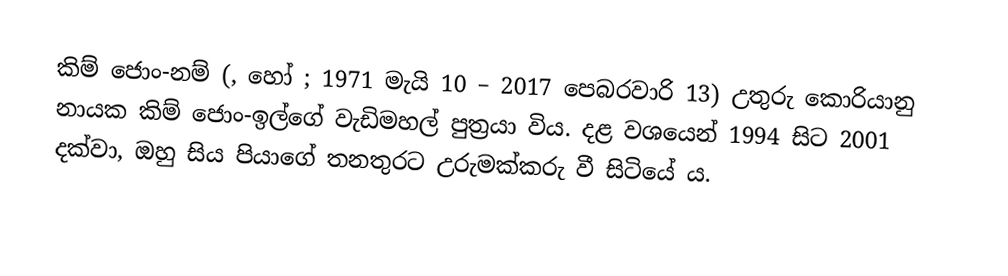
කිම් ජොං-නම් (,  හෝ  ; 1971 මැයි 10 – 2017 පෙබරවාරි 13) උතුරු කොරියානු නායක කිම් ජොං-ඉල්ගේ වැඩිමහල් පුත්‍රයා විය. දළ වශයෙන් 1994 සිට 2001 දක්වා, ඔහු සිය පියාගේ තනතුරට උරුමක්කරු වී සිටියේ ය.